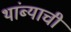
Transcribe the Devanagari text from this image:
थांब्याची